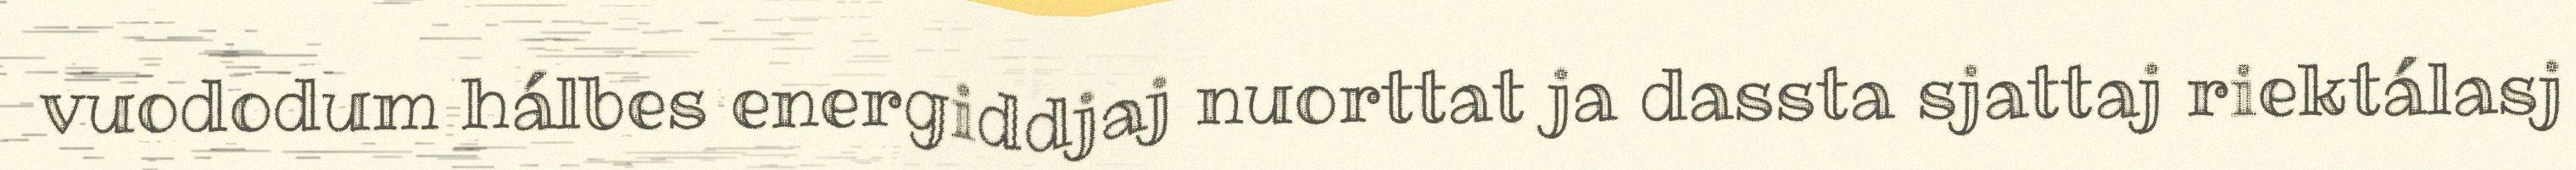
vuododum hálbes energiddjaj nuorttat ja dassta sjattaj riektálasj